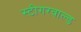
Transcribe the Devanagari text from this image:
स्टीगरवाल्ड